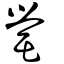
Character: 罃